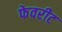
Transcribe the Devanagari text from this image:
फेवरीट